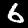
Digit: 6